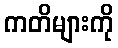
ကတိများကို